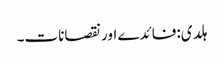
ہلدی:فائدے اور نقصانات۔